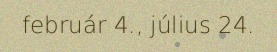
február 4., július 24.